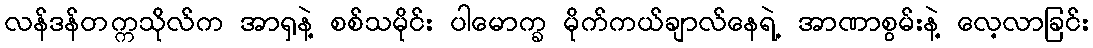
လန်ဒန်တက္ကသိုလ်က အာရှနဲ့ စစ်သမိုင်း ပါမောက္ခ မိုက်ကယ်ချာလ်နေရဲ့ အာဏာစွမ်းနဲ့ လေ့လာခြင်း